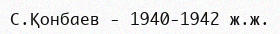
С.Қонбаев - 1940-1942 ж.ж.